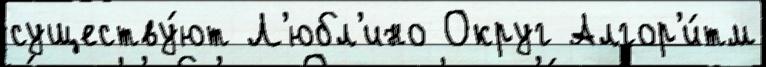
существу́ют Л'юбл'ино Округ Алгор'и́тм